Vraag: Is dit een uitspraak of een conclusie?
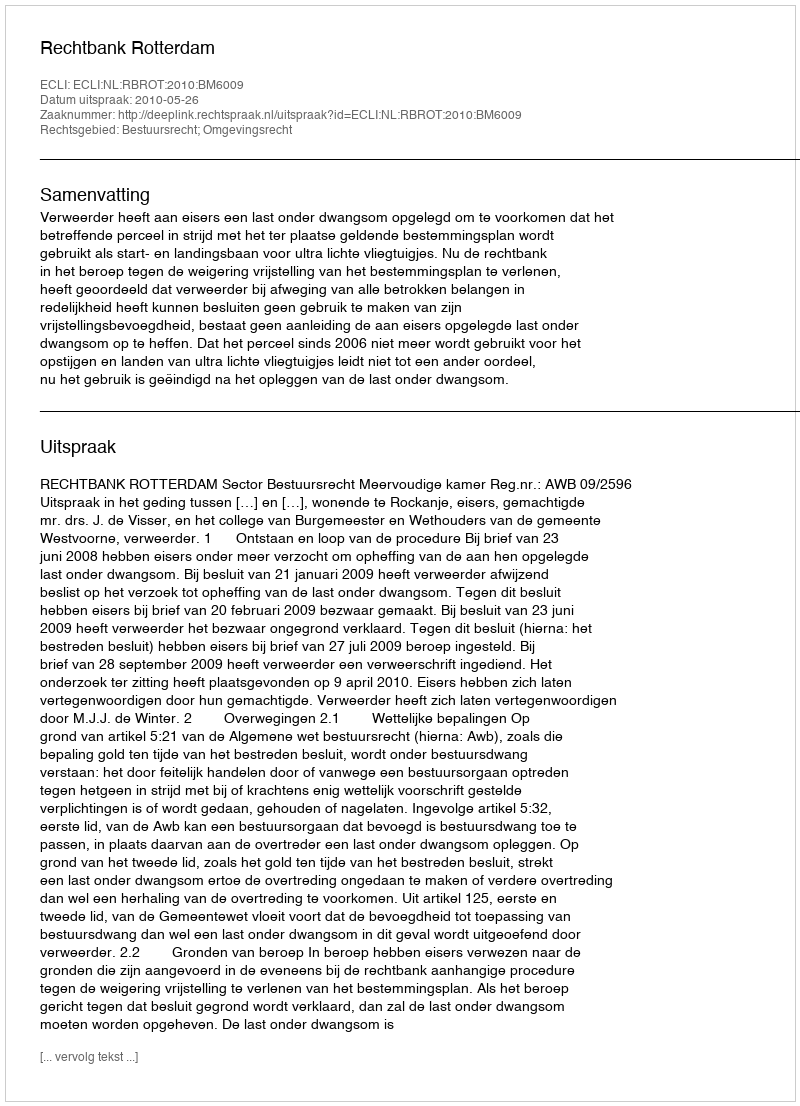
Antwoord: Uitspraak